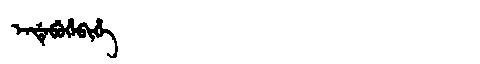
Manchu: ᡝᠨᡩᡝᠪᡠᡥᡝᠪᡳᡥᡝ
Romanization: ENDEBUHEBIHE